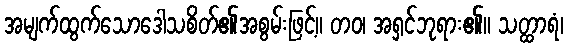
အမျက်ထွက်သောဒေါသစိတ်၏အစွမ်းဖြင့်။ တဝ၊ အရှင်ဘုရား၏။ သတ္ထာရံ၊